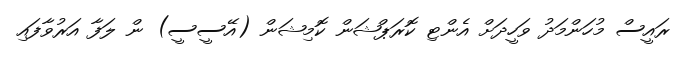
ރައީސް މުހަންމަދު ވަހީދަށް އެންޓި ކޮރަޕްޝަން ކޮމިޝަން (އޭސީސީ) ން ލަފާ އަރުވާފައި